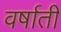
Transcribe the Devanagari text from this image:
वर्षाती